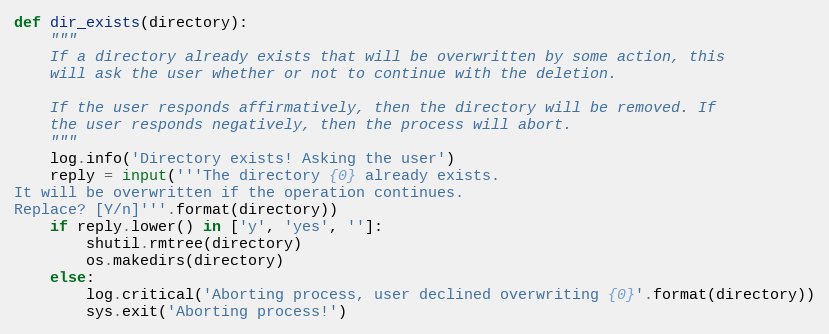
Language: Python
def dir_exists(directory):
    """
    If a directory already exists that will be overwritten by some action, this
    will ask the user whether or not to continue with the deletion.

    If the user responds affirmatively, then the directory will be removed. If
    the user responds negatively, then the process will abort.
    """
    log.info('Directory exists! Asking the user')
    reply = input('''The directory {0} already exists.
It will be overwritten if the operation continues.
Replace? [Y/n]'''.format(directory))
    if reply.lower() in ['y', 'yes', '']:
        shutil.rmtree(directory)
        os.makedirs(directory)
    else:
        log.critical('Aborting process, user declined overwriting {0}'.format(directory))
        sys.exit('Aborting process!')